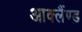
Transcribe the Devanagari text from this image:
आक्लैंण्ड